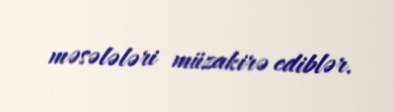
məsələləri müzakirə ediblər.